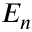
E _ { n }